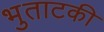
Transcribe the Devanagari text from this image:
भुताटकी